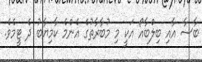
ބާސާ އާއި ބިލްބާއޯ އަކީ މި މުބާރާތުގެ އެންމެ ކާމިޔާބު ދެ ޓީމެވެ.